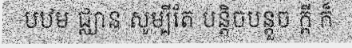
បឋម ជ្ឈាន សូម្បីតែ បន្តិចបន្តួច ក្តី ក៏